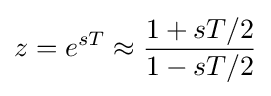
z=e^{sT}\approx {\frac {1+sT/2}{1-sT/2}}